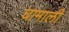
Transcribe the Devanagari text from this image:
घामाली